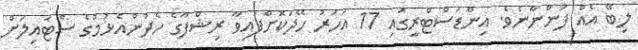
ލިބޭ އެއް ފަންނާނެވެ. އިންޑަސްޓްރީގައި 17 އަހަރު ހޭދަކޮށްފައިވާ ރިޝްފާގެ ހެދުންއެޅުމުގެ ސްޓައިލަށް